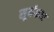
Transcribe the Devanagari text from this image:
सूर्यमन्त्र